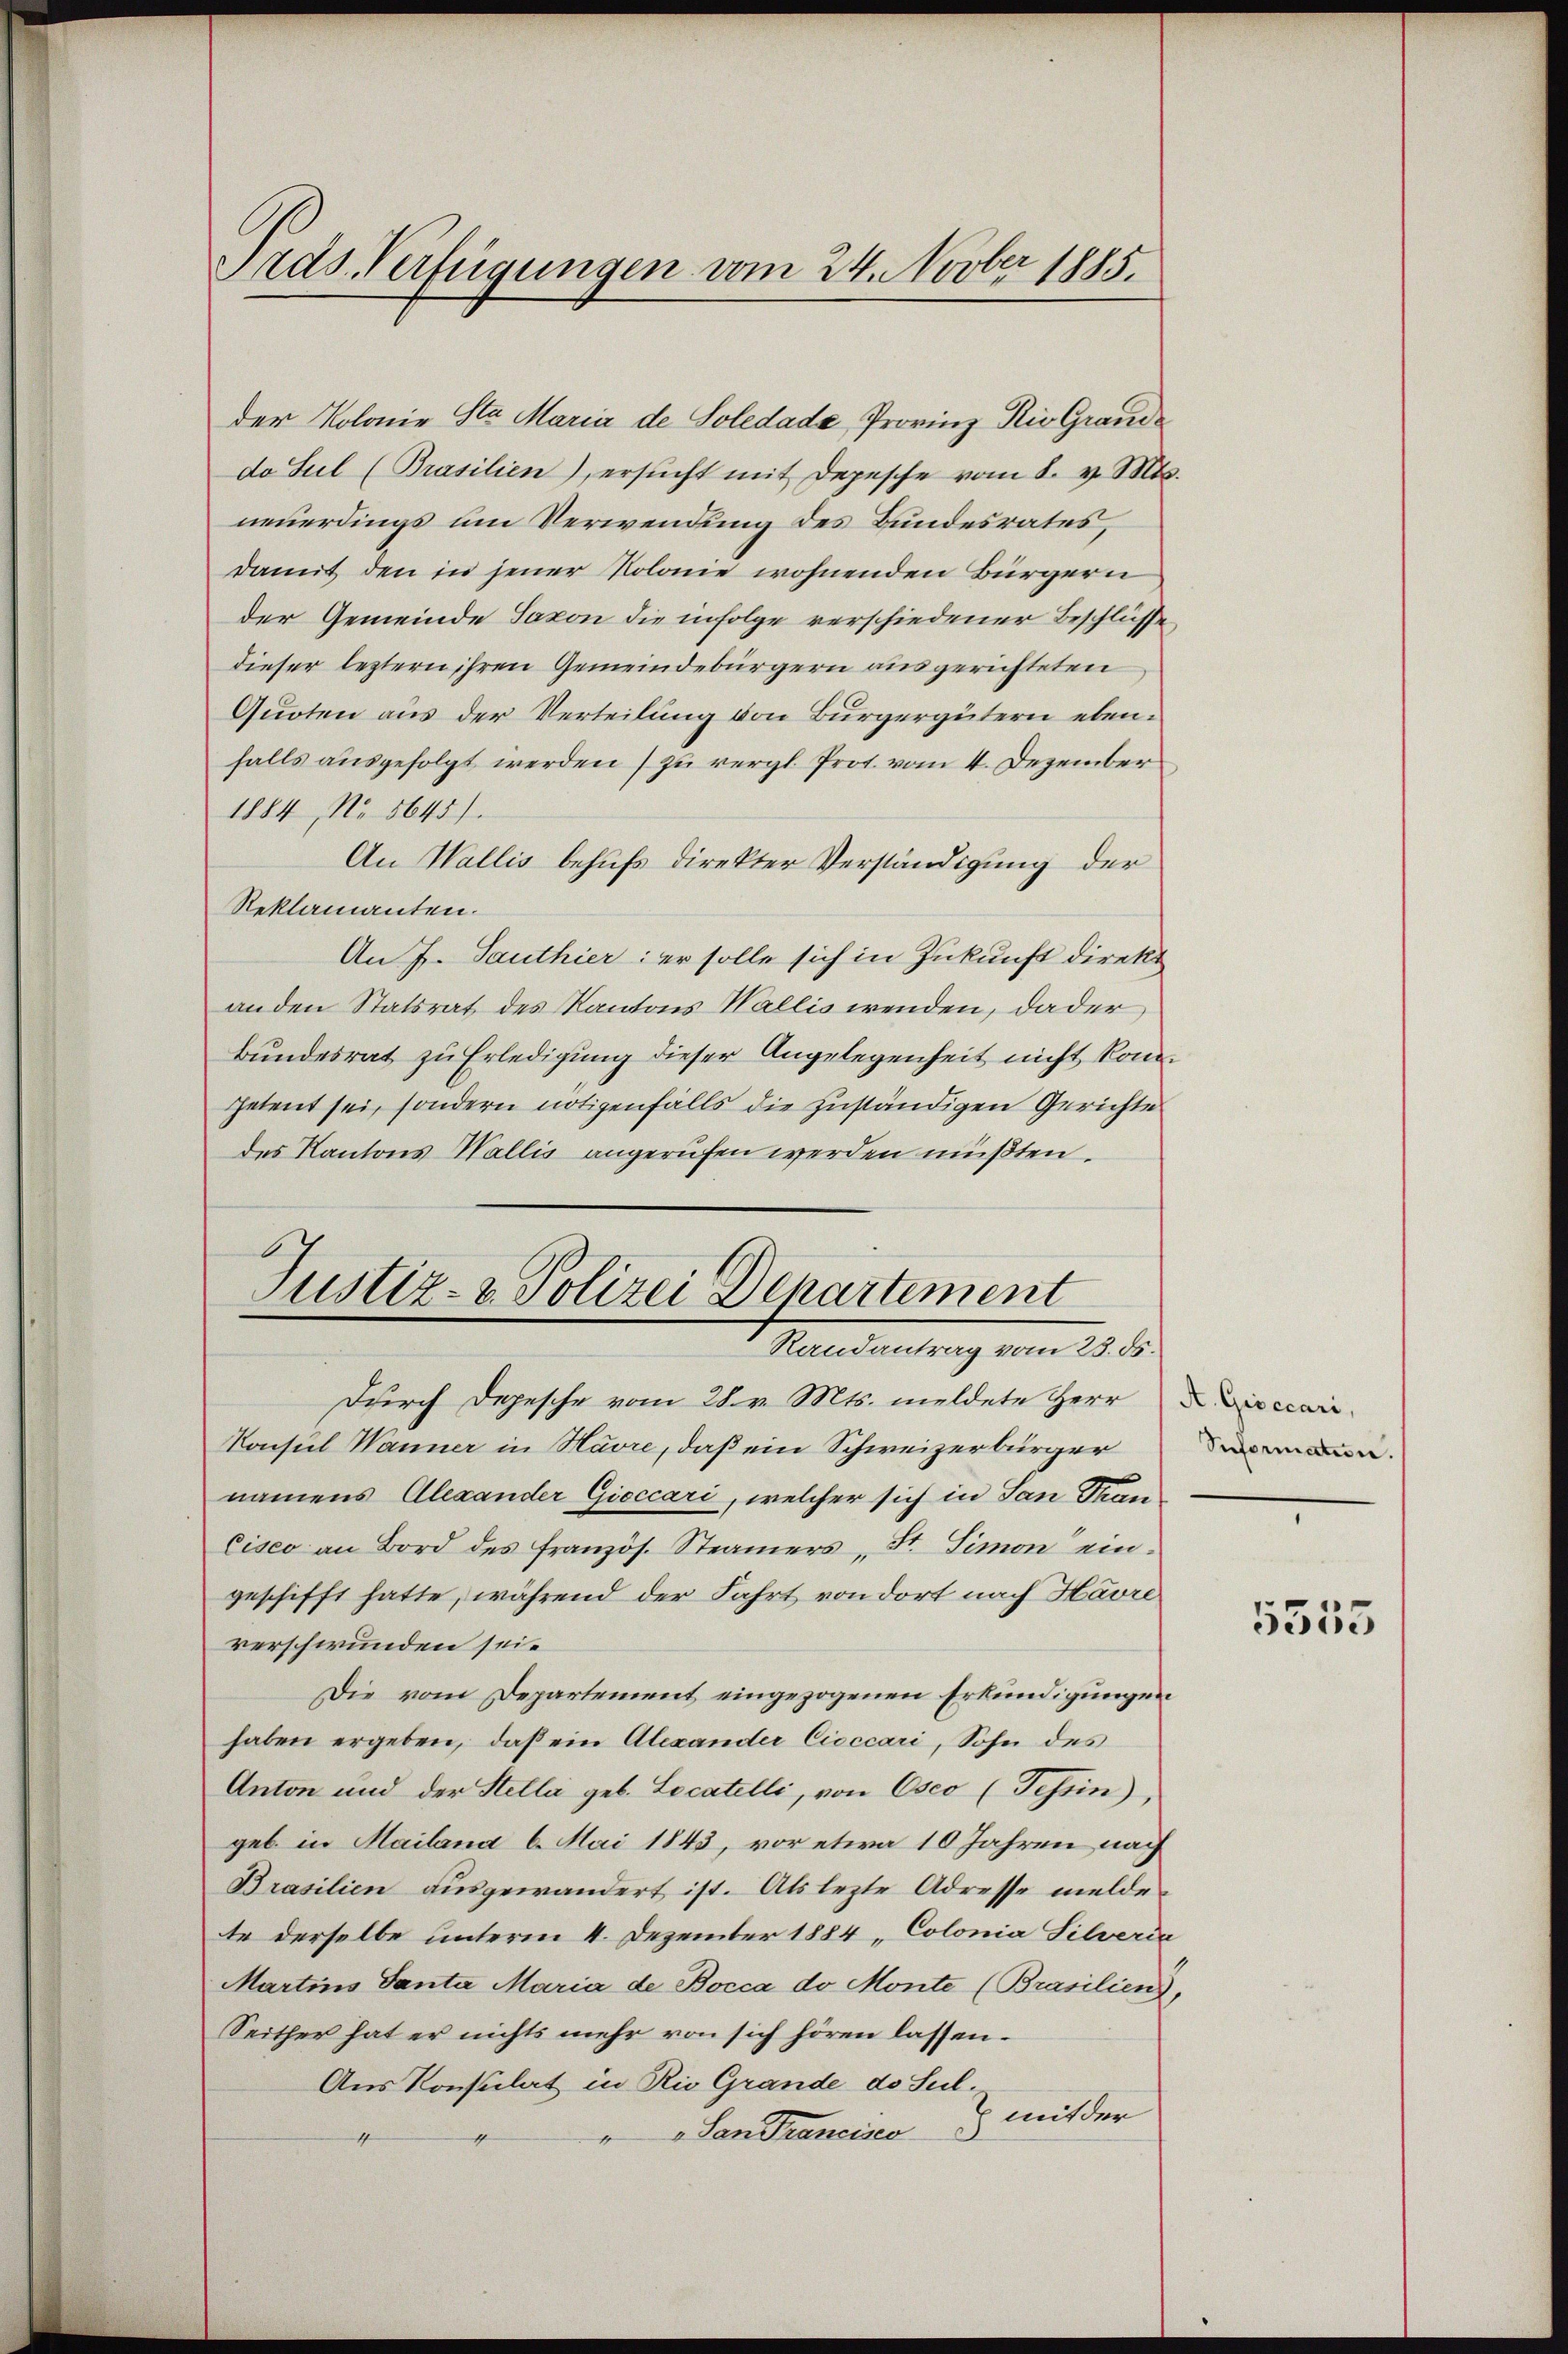
Ords Verfügungen vom 24. Novber 1885.

der Kolonie Sta Maria de Soledade, Provinz Nie Grande
do Sul (Brasilien), ersŭcht mit Depesche vom 8. v. Mts.
neuerdings um Verwendung des Bundesrates,
damit den in jener Kolonie wohnenden Bürgern
der Gemeinde Jakon die infolge verschiedener Beschlüsse
dieser leztern ihren Gemeindebürgern ausgerichteten
Quoten aus der Verteilung von Bürgergütern ebenfalls ausgefolgt werden zu vergl. Prot. vom 4. Dezember
1884, No. 5645).
An Wallis behufs direkter Verständigung der
Reklamanten.
An J. Santhier: er solle sich in Zukunft direkt
anden Statsrat des Kantons Wallis wenden, dader
Bundesrat zu Erledigung dieser Angelegenheit nicht konpetent sei, sondern nötigenfalls die zuständigen Gerichte
des Kantons Wallis angerufen werden müßten.

Justiz- & Polizei Departement
Randantrag vom 23. ds.
Durch Depesche vom 28. v. Mts. meldete Herrecari

Konsul Wanner in Havre, daß ein Schweizerbürger
namens Alexander Gieccari, welcher sich in San Stun
Cisco an Bord des französ. Stainers St. Simon ein-
geschifft hatte, während der Fahrt von dort nach Havre
verschwunden sei.
Die vom Departement eingezogenen Erkundigungen
haben ergeben, daß ein Alexander Cioccari, Sohn des
Anton und der Stella geb. Locatelli, von Oseo (Tessin,
geb in Mailana 6. Mai 1843, vor etwa 10 Jahren nach
Brasilien ausgewandert ist. Als lezte Adresse melde
te derselbe unterm 4. Dezember 1884 „Colonia Silverda
Martins Santa Maria de Bocca do Monte (Brasilien,
Seither hat er nichts mehr von sich hören lassen.
Aus Konsulat in Rio Grande de Sul.
x mit der
"Landrancisco

5535